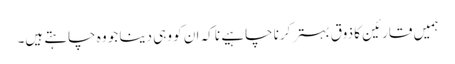
ہمیں قارئین کا ذوق بہتر کرنا چاہیے نا کہ ان کو وہی دینا جو وہ چاہتے ہیں۔